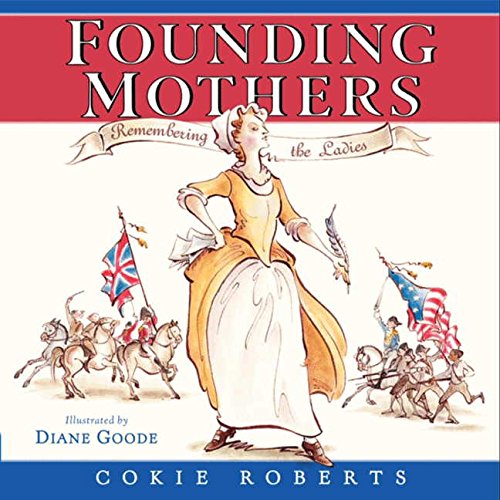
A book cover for Founding Mothers: Remembering the Ladies; Cokie Roberts; Children's Books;